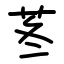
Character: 苳